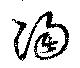
陶